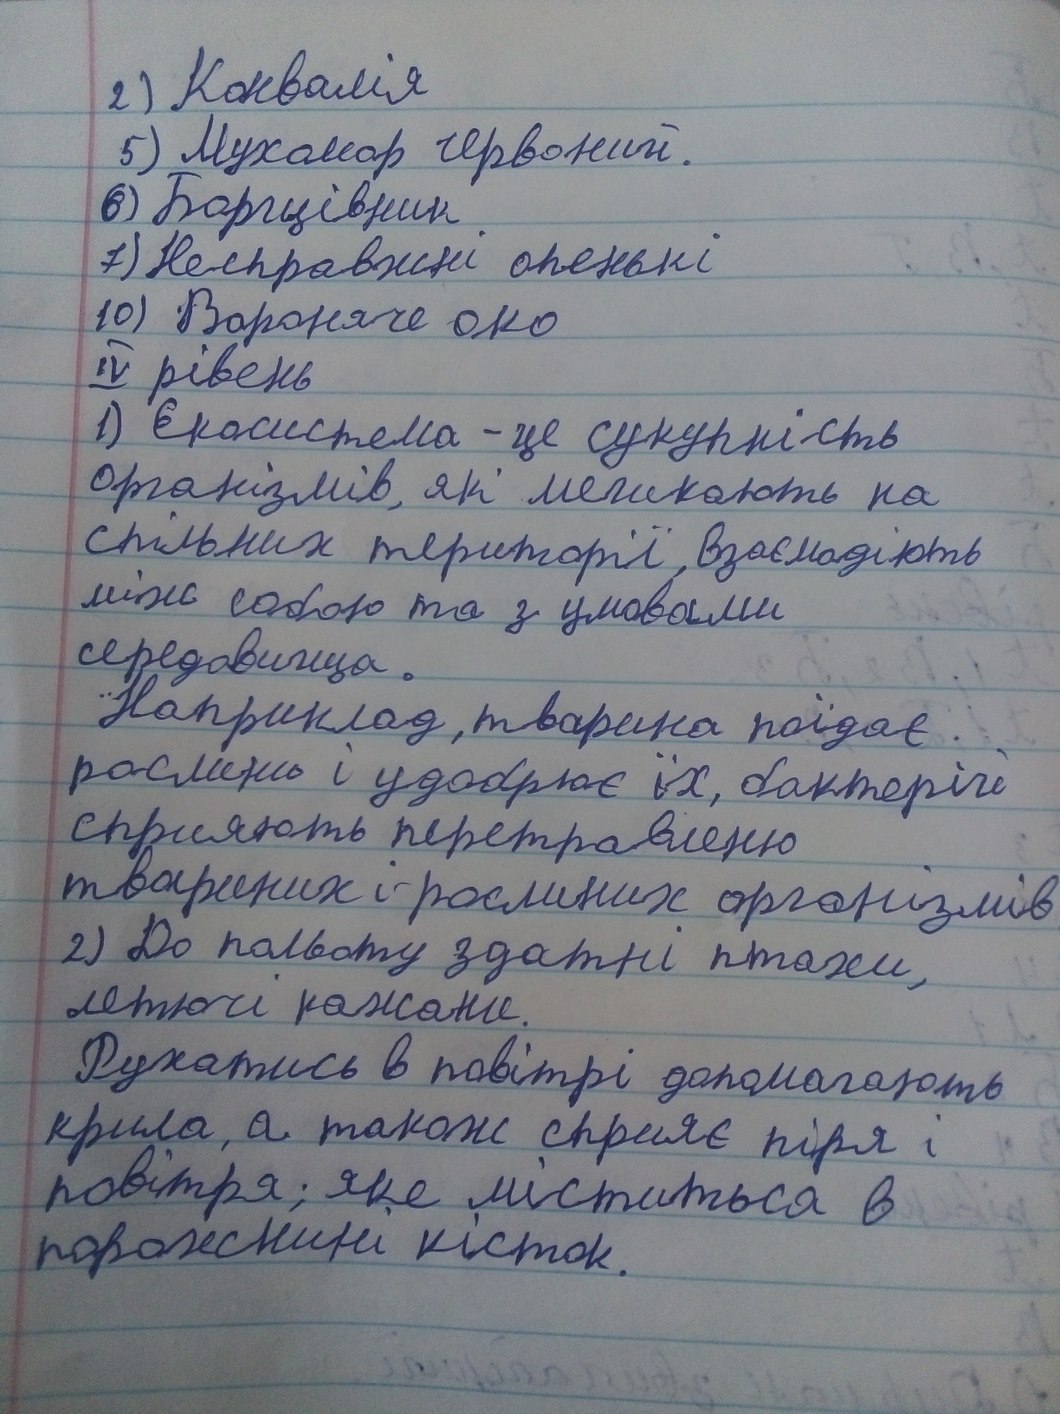
2) Конвалія
5) Мухомор червоний.
6) Борщівник
7) Несправжні опенькі
10) Вороняче око
IV рівень
1) Екосистема - це сукупність
організмів, які мешкають на
спільних території, взаємодіють
між собою та з умовами
середовища.
Наприклад, тварина поїдає
рослини і удобрює їх, бактерій
сприяють перетравленю
твариних і рослиних організмів
2) До польоту здатні птахи,
летючі кажани.
Рухатись в повітрі допомагають
крила, а також сприяє пір'я і
повітря; яке міститься в
порожнині кісток.